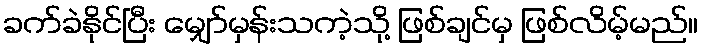
ခက်ခဲနိုင်ပြီး မျှော်မှန်းသကဲ့သို့ ဖြစ်ချင်မှ ဖြစ်လိမ့်မည်။